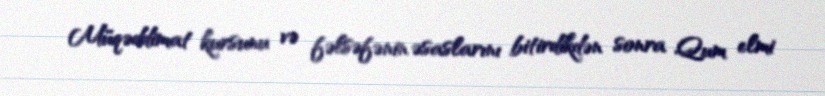
Müqəddimat kursunu və fəlsəfənin əsaslarını bitirdikdən sonra Qum elmi